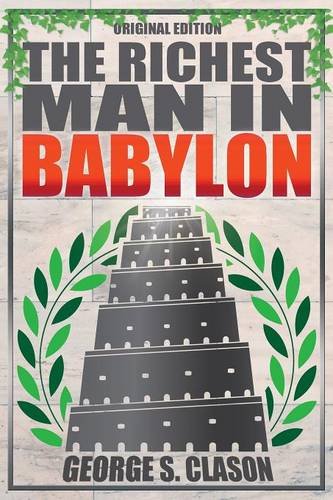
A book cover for Richest Man In Babylon - Original Edition; George S Clason; Business & Money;